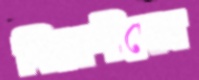
বিদেশীদের